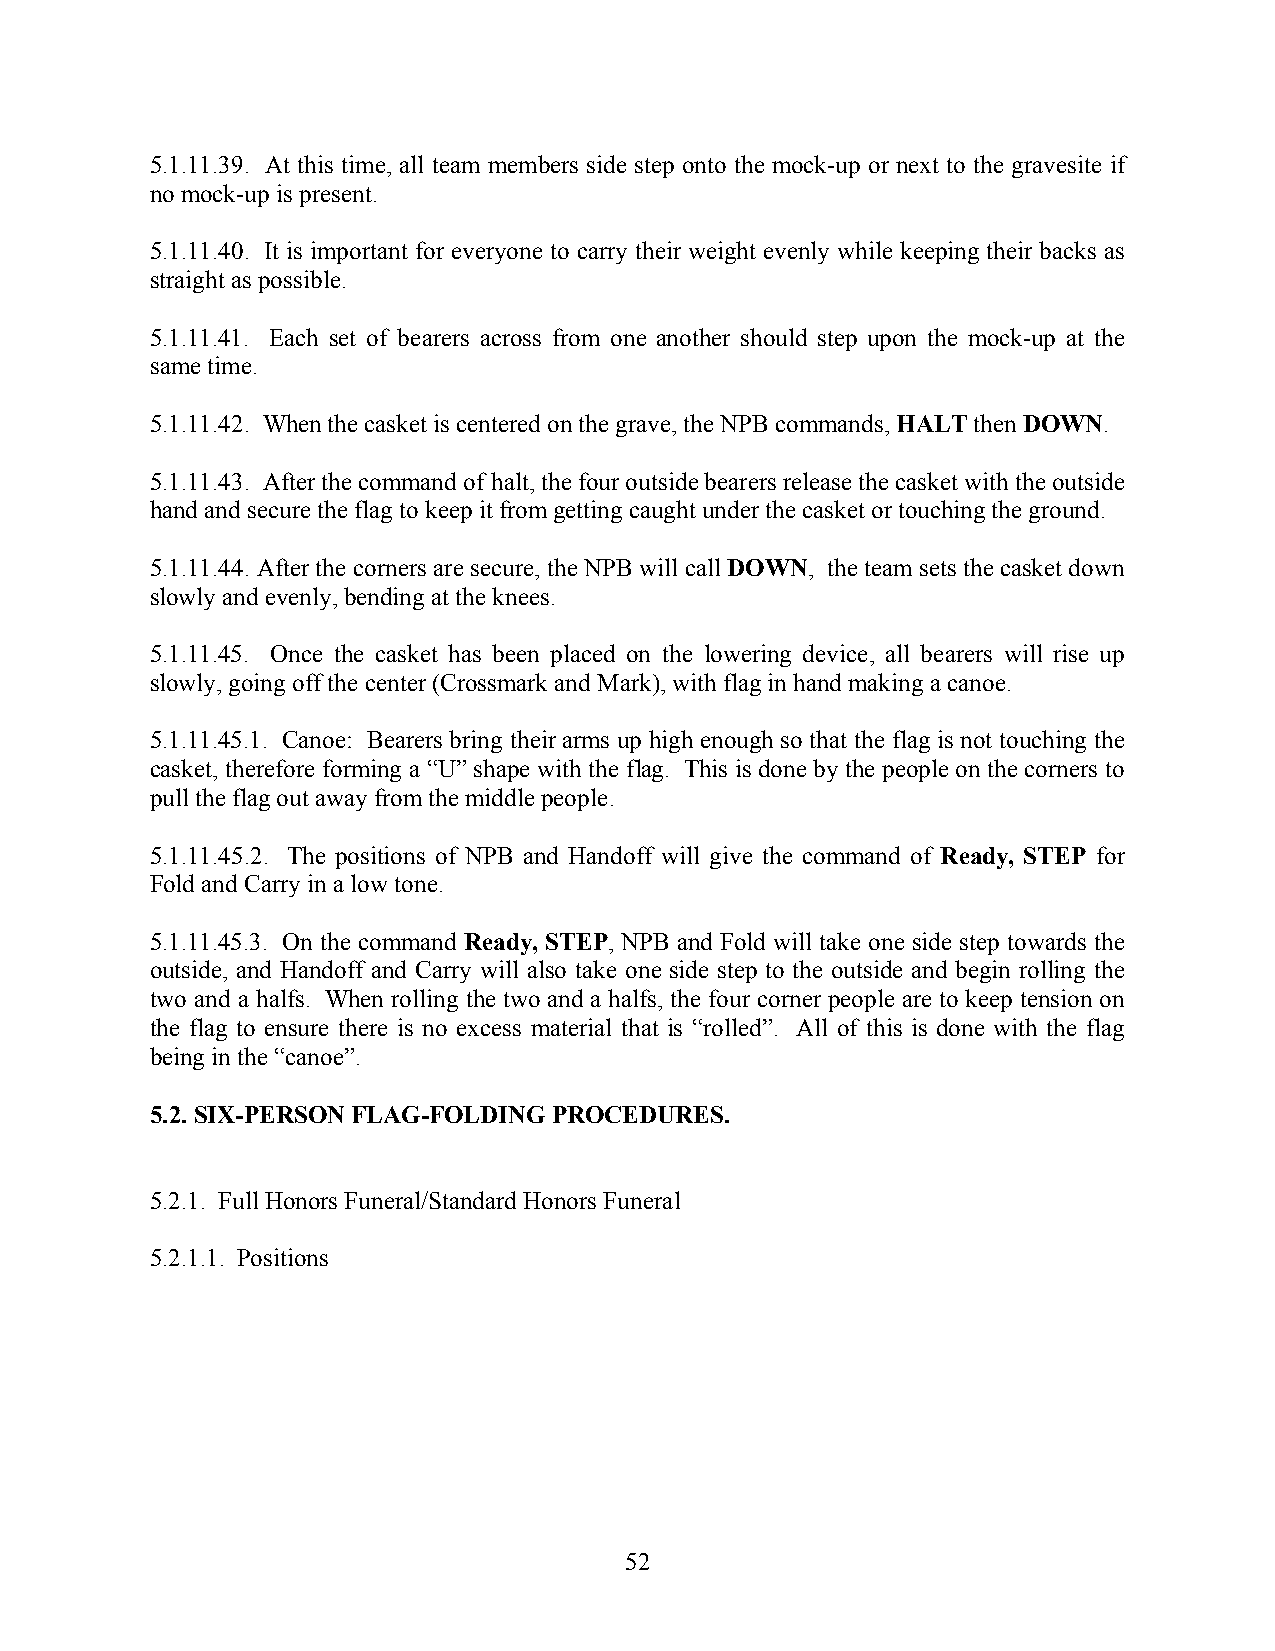
5.1.11.39. At this time, all team members side step onto the mock-up or next to the gravesite if
 no mock-up is present.
 5.1.11.40. It is important for everyone to carry their weight evenly while keeping their backs as
 straight as possible.
 5.1.11.41. Each set of bearers across from one another should step upon the mock-up at the
 same time.
 5.1.11.42. When the casket is centered on the grave, the NPB commands, HALT then DOWN.
 5.1.11.43. After the command of halt, the four outside bearers release the casket with the outside
 hand and secure the flag to keep it from getting caught under the casket or touching the ground.
 5.1.11.44. After the corners are secure, the NPB will call DOWN, the team sets the casket down
 slowly and evenly, bending at the knees.
 5.1.11.45. Once the casket has been placed on the lowering device, all bearers will rise up
 slowly, going off the center (Crossmark and Mark), with flag in hand making a canoe.
 5.1.11.45.1. Canoe: Bearers bring their arms up high enough so that the flag is not touching the
 casket, therefore forming a “U” shape with the flag. This is done by the people on the corners to
 pull the flag out away from the middle people.
 5.1.11.45.2. The positions of NPB and Handoff will give the command of Ready, STEP for
 Fold and Carry in a low tone.
 5.1.11.45.3. On the command Ready, STEP, NPB and Fold will take one side step towards the
 outside, and Handoff and Carry will also take one side step to the outside and begin rolling the
 two and a halfs. When rolling the two and a halfs, the four corner people are to keep tension on
 the flag to ensure there is no excess material that is “rolled”. All of this is done with the flag
 being in the “canoe”.
 5.2. SIX-PERSON FLAG-FOLDING PROCEDURES.
 5.2.1. Full Honors Funeral/Standard Honors Funeral
 5.2.1.1. Positions
 52